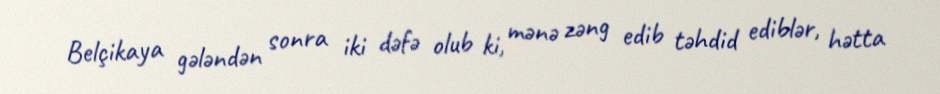
Belçikaya gələndən sonra iki dəfə olub ki, mənə zəng edib təhdid ediblər, hətta